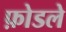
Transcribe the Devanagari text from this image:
फ़ोडले